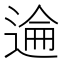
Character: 𫐮